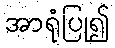
အာရုံပြု၍